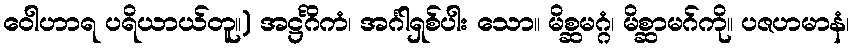
ဝေါဟာရ ပရိယာယ်တူ။) အဋ္ဌင်္ဂိကံ၊ အင်္ဂါရှစ်ပါး သော။ မိစ္ဆမဂ္ဂံ၊ မိစ္ဆာမဂ်ကို။ ပဇဟမာနံ၊